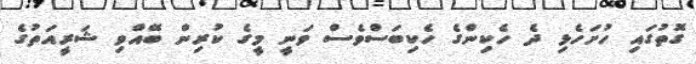
ގޮތުގައި ހުށަހެޅި ދެ ހެކިންގެ ހެކިބަސްވެސް ވަނީ މީގެ ކުރިން ބޭއްވި ޝަރީއަތުގެ